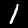
Label: 1